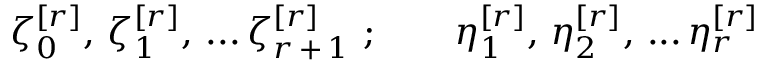
\zeta _ { 0 } ^ { [ r ] } , \, \zeta _ { 1 } ^ { [ r ] } , \, . . . \, \zeta _ { r \, + \, 1 } ^ { [ r ] } \, \, ; \qquad \eta _ { 1 } ^ { [ r ] } , \, \eta _ { 2 } ^ { [ r ] } , \, . . . \, \eta _ { r } ^ { [ r ] }